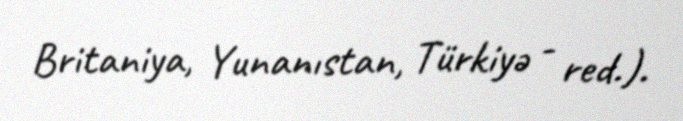
Britaniya, Yunanıstan, Türkiyə - red.).